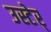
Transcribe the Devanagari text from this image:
उस्टेर्